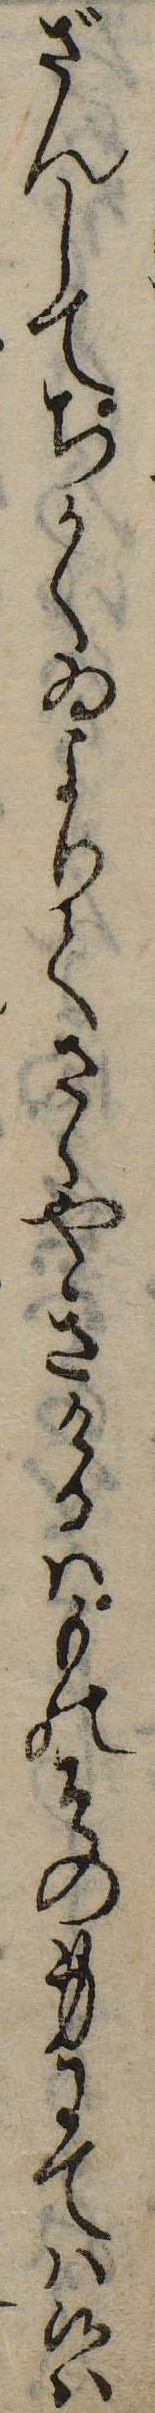
ざんしてちかくゐよりてさゝやきけるはものその身にては候は